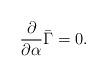
LaTeX: \begin{align*}{\partial\over\partial\alpha}\bar{\Gamma}=0.\end{align*}